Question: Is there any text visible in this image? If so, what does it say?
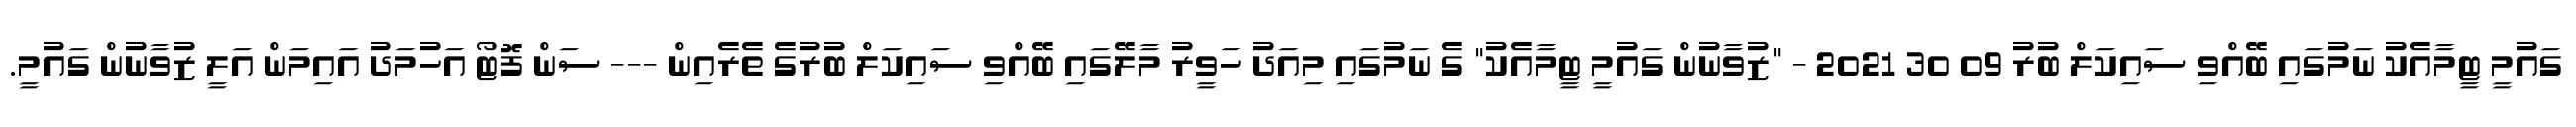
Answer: ގައުމީ ޓީމާއެކު ނަމުގައި ބޭއްވި ސައިކަލް ބުރު 09 30 2021 - "ޒުވާނުން ގައުމީ ޓީމާއެކު" ގެ ނަމުގައި މިއަދު ހަވީރު މާލޭގައި ބޭއްވި ސައިކަލް ބުރުގެ ތެރެއިން --- ސަން ފޮޓޯ އަހުމަދު އައިމަން އަލީ ޒުވާނުން ގައުމީ.